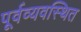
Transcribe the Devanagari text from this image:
पूर्वव्यवस्थित